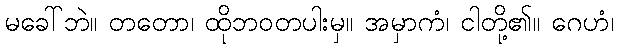
မခေါ်ဘဲ။ တတော၊ ထိုဘဝတပါးမှ။ အမှာကံ၊ ငါတို့၏။ ဂေဟံ၊